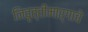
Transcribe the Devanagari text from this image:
निवृत्तीमार्गाचे